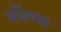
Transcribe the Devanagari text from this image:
बाँबच्या